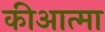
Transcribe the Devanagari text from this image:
कीआत्मा